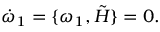
\dot { \omega } _ { 1 } = \lbrace \omega _ { 1 } , \tilde { H } \rbrace = 0 .